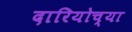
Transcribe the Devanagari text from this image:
दारियोच्या